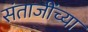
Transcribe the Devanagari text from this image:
संताजींच्या